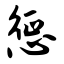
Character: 惩